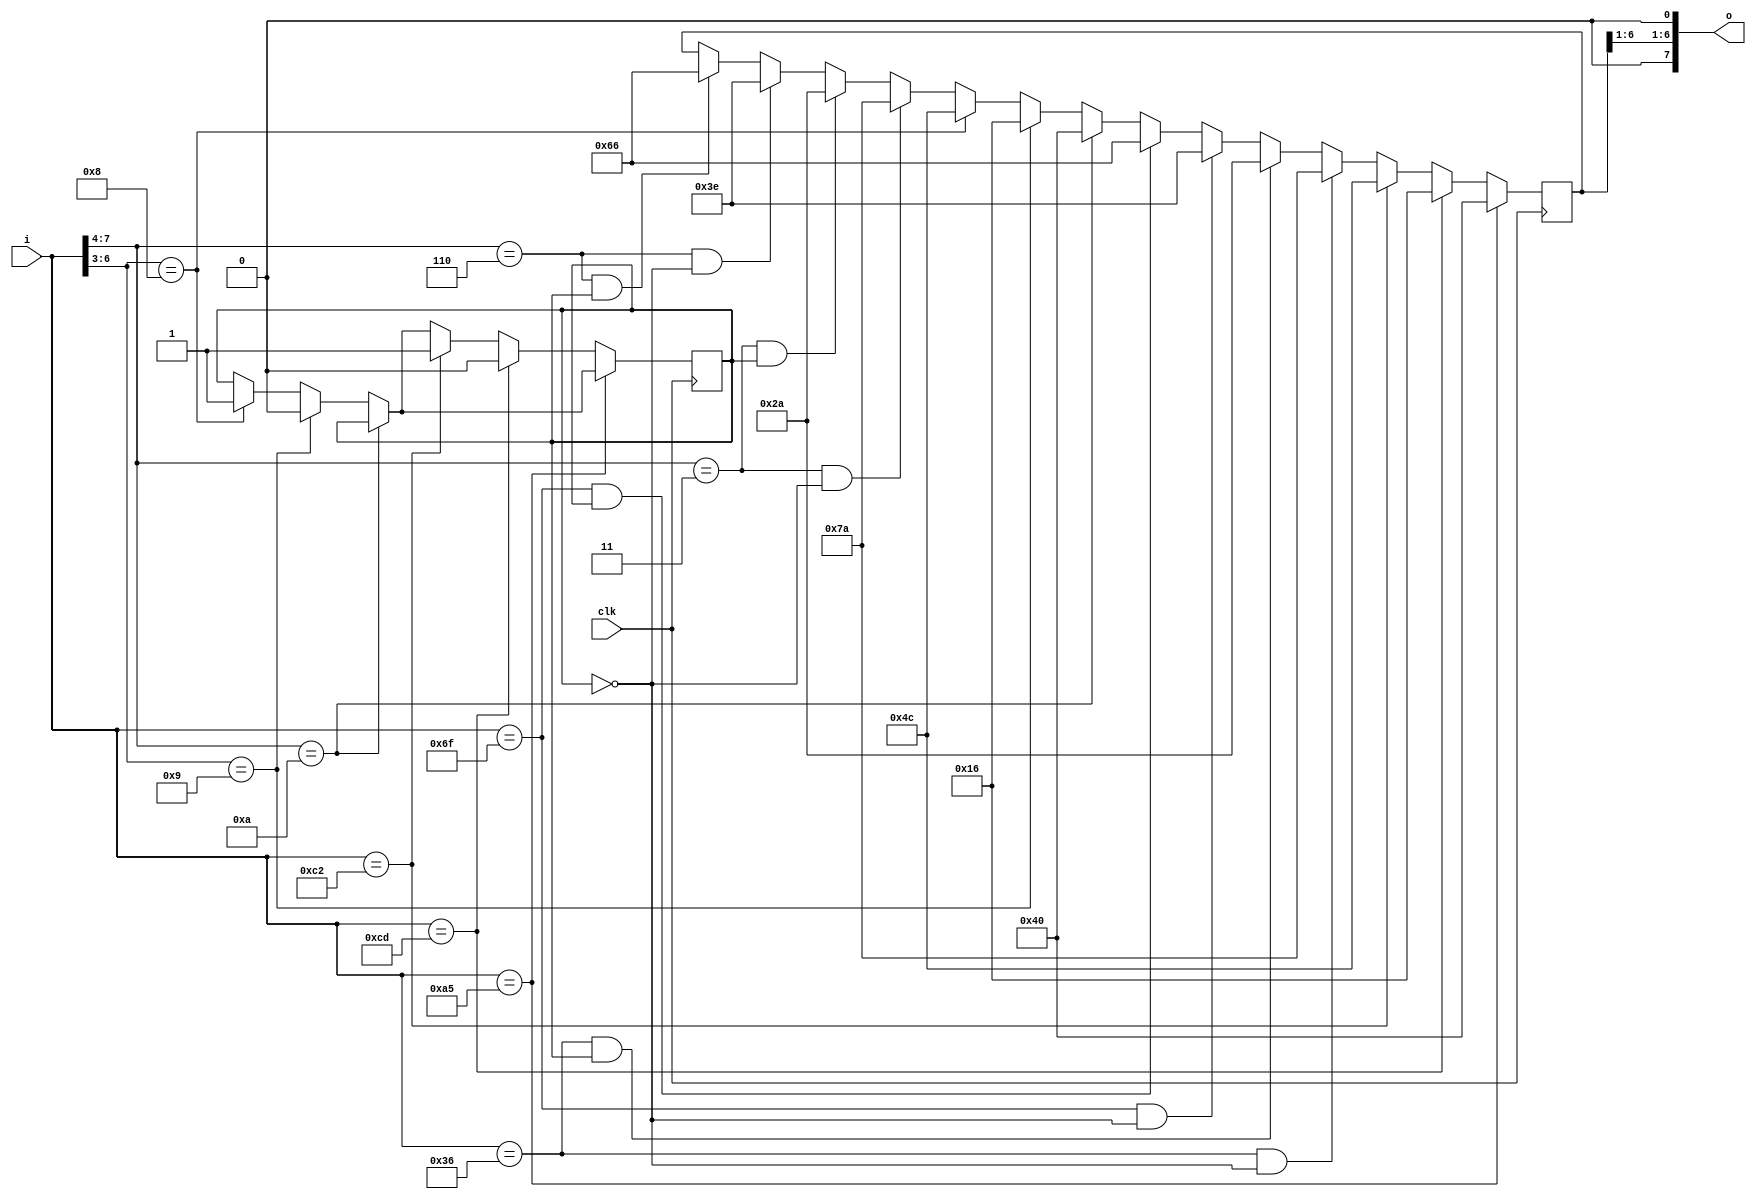
module secret_pal (
    input           clk,
    input  [9:2]    i,
    output [19:12]  o
);

// this clock is really the folling edge of TRAM WE (8000-8fff)
// the WE is latched on WAIT RESET2 ( vbl or low 3 bits of horz counter )
// the latch is preset by HC (bit 3) of horz counter
// output is anded with $7e before comparing to regster HL in the z80 code

// write tram -> read u001

// level start
//a5    1010 0101   ->  40  0100 0000
//cd    1100 1101   ->  16  0001 0110
//36    0011 0110   ->  7a  0111 1010
//6f    0110 1111   ->  3e  0011 1110

// extra scene
//a5    1010 0101   ->  40  0100 0000
//c2    1100 0010   ->  4c  0100 1100
//36    0011 0110   ->  2a  0010 1010
//6f    0110 1111   ->  66  0110 0110

reg method ;

assign o[19] = 0;
assign o[12] = 0;
assign o[18:13] = r[6:1];

reg [7:0] r;

always @ (posedge clk) begin
    if (          i[9:6] == 4'b1010 ) begin
        r <= 8'h40;
    end else if ( i[8:5] == 4'b1001 ) begin
        r <= 8'h16;
        method <= 0;
    end else if ( i[8:5] == 4'b1000 ) begin
        r <= 8'h4c;
        method <= 1;
    end else if ( i[9:6] == 4'b0011 && method == 0 ) begin
        r <= 8'h7a;
    end else if ( i[9:6] == 4'b0011 && method == 1 ) begin
        r <= 8'h2a;
    end else if ( i[9:6] == 4'b0110 && method == 0 ) begin
        r <= 8'h3e;
    end else if ( i[9:6] == 4'b0110 && method == 1 ) begin
        r <= 8'h66;
    end
        
    if ( i == 8'ha5 ) begin
        r <= 8'h40;
    end else if ( i == 8'hcd ) begin
        r <= 8'h16;
        method <= 0;
    end else if ( i == 8'hc2 ) begin
        r <= 8'h4c;
        method <= 1;
    end else if ( i == 8'h36 && method == 0 ) begin
        r <= 8'h7a;
    end else if ( i == 8'h36 && method == 1 ) begin
        r <= 8'h2a;
    end else if ( i == 8'h6f && method == 0 ) begin
        r <= 8'h3e;
    end else if ( i == 8'h6f && method == 1 ) begin
        r <= 8'h66;
    end
end

endmodule